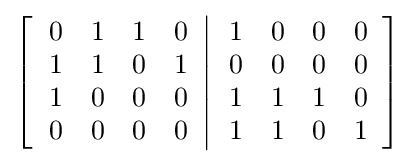
\left[\left.{\begin{array}{cccc}0&1&1&0\\1&1&0&1\\1&0&0&0\\0&0&0&0\end{array}}\right\vert {\begin{array}{cccc}1&0&0&0\\0&0&0&0\\1&1&1&0\\1&1&0&1\end{array}}\right]